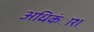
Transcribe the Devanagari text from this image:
अधिकंाश